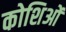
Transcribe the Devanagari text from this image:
कोशिओं